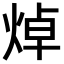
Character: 焯